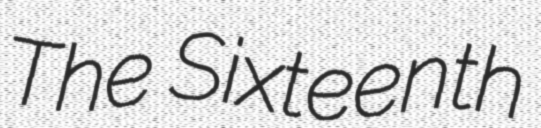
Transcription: The Sixteenth